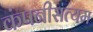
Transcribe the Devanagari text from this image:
कंपनीसत्यम